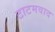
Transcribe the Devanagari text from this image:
टाटमवाद